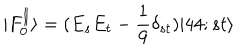
| F _ { 0 } ^ { \parallel } \rangle = ( E _ { s } E _ { t } - \frac { 1 } { 9 } \delta _ { s t } ) | 4 4 ; s t \rangle